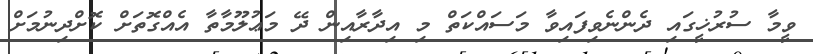
ވީމާ ސުރުޚީގައި ދެންނެވިފައިވާ މަސައްކަތް މި އިދާރާއިން ދޭ މަޢުލޫމާތާ އެއްގޮތަށް ކޮށްދިނުމަށް